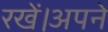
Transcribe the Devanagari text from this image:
रखें।अपने